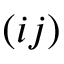
( i j )